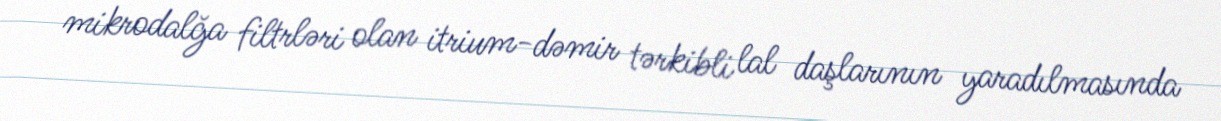
mikrodalğa filtrləri olan itrium-dəmir tərkibli lal daşlarının yaradılmasında